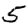
Digit: 5